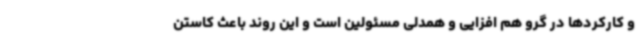
و کارکردها در گرو هم افزایی و همدلی مسئولین است و این روند باعث کاستن